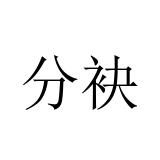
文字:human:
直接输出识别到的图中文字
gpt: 分袂